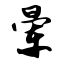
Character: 晕